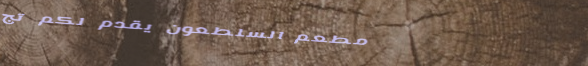
مطعم السلطعون يقدم لكم تج